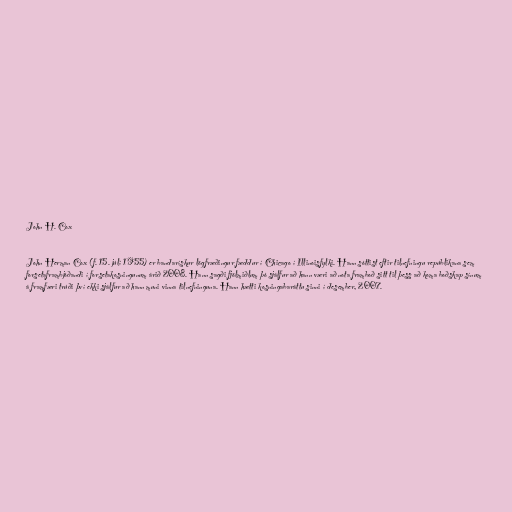
John H. Cox

John Herman Cox (f. 15. júlí 1955) er bandarískur lögfræðingur fæddur í Chicago í Illinoisfylki. Hann sóttist eftir tilnefningu repúblikana sem
forsetaframbjóðandi í forsetakosningunum árið 2008. Hann sagði fjölmiðlum þó sjálfur að hann væri að nota framboð sitt til þess að koma boðskap sínum
á framfæri trúði því ekki sjálfur að hann muni vinna tilnefninguna. Hann hætti kosningabaráttu sinni í desember, 2007.